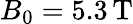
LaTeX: B_{0}=5.3\, \mathrm{T}